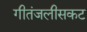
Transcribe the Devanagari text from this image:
गीतंजलीसकट